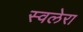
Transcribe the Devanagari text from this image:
स्वलेरा